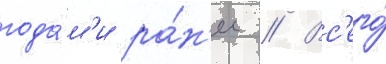
года́м'и ра́н'ее // Вс'его́